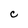
Character: C